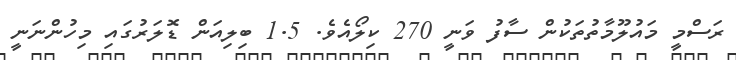
ރަސްމީ މައުލޫމާތުތަކުން ސާފު ވަނީ 270 ކިލޯއެވެ. 1.5 ބިލިއަން ޑޮލަރުގައި މިހުންނަނީ